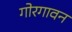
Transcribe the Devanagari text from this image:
गोरगावन